system: You are a helpful assistant.
user:
Analyze the provided spectrum to determine if it is a **M-type Giant (gM)**.

A M-type Giant spectrum is defined by its **strong molecular absorption** features, particularly from **Titanium Oxide (TiO)**. You must check for one of the following mutually exclusive signatures:

- **Key Visual Indicators (Absorption-Dominated Spectrum):**

    - **(Primary):** The spectrum is dominated by strong molecular absorption from **Titanium Oxide (TiO)**. This is the **defining feature** of its M-type temperature class.
        - **(Key Bandheads):** Look for sharp, "saw-tooth" absorption valleys. The strongest are located near **~7050 Å**, **~6160 Å**, and **~5170 Å**.
        - **(Line Profile):** The "saw-tooth" morphology is critical: a **sharp, steep drop on the BLUE (short-wavelength) side** of the bandhead, followed by a gradual recovery (rising flux) towards the RED (long-wavelength) side.

    - **(Key Confirmation - Giant vs. Dwarf):** **ABSENCE** of strong **Calcium Hydride (CaH)** molecular bands. This is the primary diagnostic for *excluding* M-dwarfs.
        - **(Key Region):** The spectrum should lack the strong, broad absorption band seen in dwarfs between **~6800 Å and ~7000 Å**.

    - **(Secondary Confirmation - Giant):** A very strong and broad **Neutral Calcium (Ca I)** atomic absorption line.
        - **(Key Line):** Located at **~4226 Å**. In a giant (gM), this line is significantly deeper and broader than the same line in an M-dwarf (dM) due to low surface gravity.

    - **(Overall Spectrum):**
        - The continuum is **extremely red-sloping** (i.e., flux is very low in the blue and rises dramatically towards the red).
        - The entire spectrum appears "chopped up" by the deep TiO bands.

Think first, call **spectral_visualization_tool** if needed to examine features in detail, then provide your final answer. Your response must adhere to the following strict rules:
1.  **Overall Structure:** Your response must follow the format `<think>...</think> <tool_call>...</tool_call> (if a tool is used) <answer>...</answer>`.
2.  **Tool Usage Constraint:** You may only make **one** tool call per turn.
3.  **Final Answer Format:** In the `<answer>` tag, your conclusion must be inside a `\boxed{}` command (e.g., `\boxed{YES}` or `\boxed{NO}`), followed by your justification.

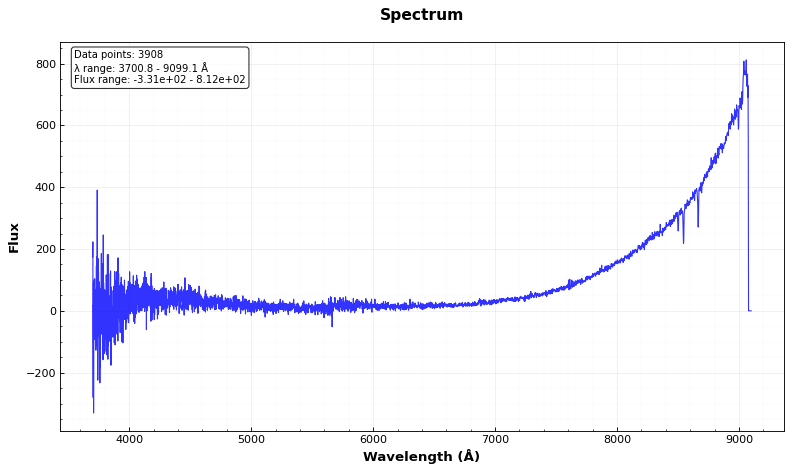
Answer: NO